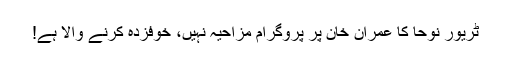
ٹریور نوحا کا عمران خان پر پروگرام مزاحیہ نہیں، خوفزدہ کرنے والا ہے!